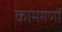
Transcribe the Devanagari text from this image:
कामगणों